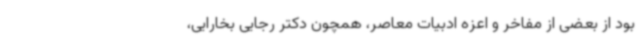
بود از بعضی از مفاخر و اعزه ادبیات معاصر، همچون دکتر رجایی بخارایی،